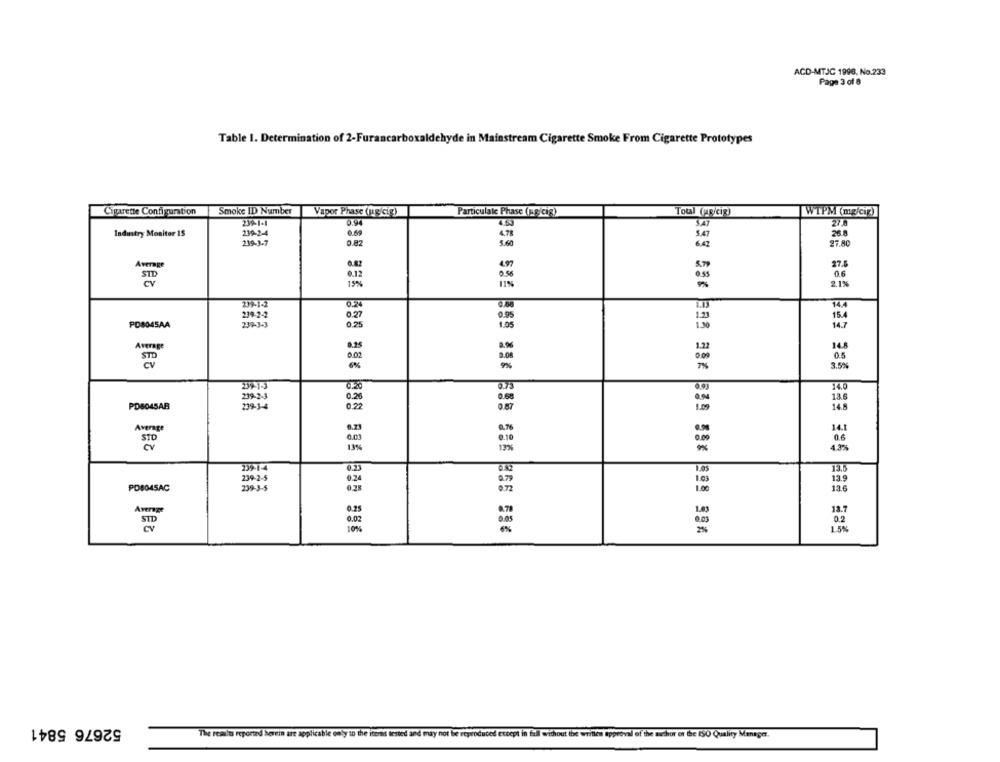
ACD-MTJC 1998, No.233
Page 3 of 8
Table 1. Determination of 2-Furancarboxaldehyde in Mainstream Cigarette Smoke From Cigarette Prototypes
Cigarette Configuration
Smoke ID Number
Vapor Phase (NE cig)
Particulate Phase (Kg) cig)
Total (ug/cip)
WTPM (mg/cip)]
239-1-1
27.0
Industry Monitor 15
239-2-4
4.7
SAT
26
239-3.7
0.82
3.60
6.42
27.80
Average
27.
0.12
9.55
0.6
15%
2.1%
239-1-2
0.24
14/
239-2-2
0.27
0.95
1.23
15.4
PD8045AA
239-3-3
0.25
1.05
Average
1.23
14.8
STD
0.02
2.08
0.5
CV
3.5%
075
14.0
0.68
PD8045AB
0.28
13.6
14.5
FF
0.22
9.87
1.09
14.1
STO
.00
0.6
13%%
17%
19914
1.05
13.5
234-2-5
.24
1.63
13.9
PO8045AC
29-3-5
13.6
1.00
Average
13.7
0.2
STD
0.02
6%
688 686 855 586
52676 5841
The results reported herein are applicable only to the items tested and may not be reproduced except in full without the written approval of the tuchor or the 150 Quality Manager.